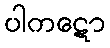
ပါကဋော